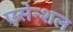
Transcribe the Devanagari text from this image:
एसेन्शल